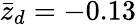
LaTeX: \bar{z}_{d}=-0.13